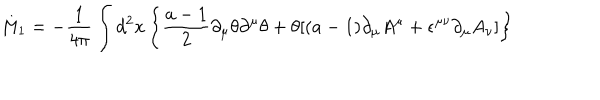
LaTeX: M _ { 1 } = - { \frac { 1 } { 4 \pi } } \int d ^ { 2 } x \left\{ { \frac { a - 1 } { 2 } } \partial _ { \mu } \theta \partial ^ { \mu } \theta + \theta [ ( a - 1 ) \partial _ { \mu } A ^ { \mu } + \epsilon ^ { \mu \nu } \partial _ { \mu } A _ { \nu } ] \right\}